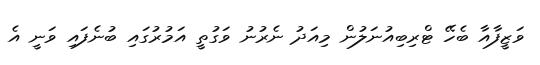
ވަޒީފާއާ ބެހޭ ޓްރިބިއުނަލުން މިއަދު ނެރުނު ވަގުތީ އަމުރުގައި ބުނެފައި ވަނީ އެ